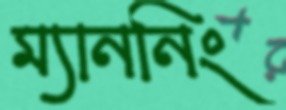
ম্যাননিং